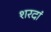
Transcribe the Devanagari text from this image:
शरदां